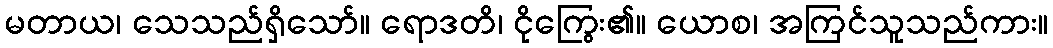
မတာယ၊ သေသည်ရှိသော်။ ရောဒတိ၊ ငိုကြွေး၏။ ယောစ၊ အကြင်သူသည်ကား။